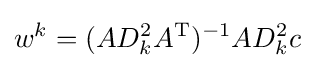
w^{k}=(AD_{k}^{2}A^{\operatorname {T} })^{-1}AD_{k}^{2}c